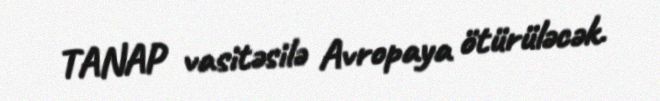
TANAP vasitəsilə Avropaya ötürüləcək.